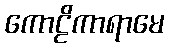
ကောဠိကာရာမေ